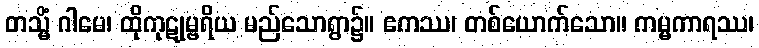
တသ္မိံ ဂါမေ၊ ထိုကုဋုမ္ဗရိယ မည်သောရွာ၌။ ဧကဿ၊ တစ်ယောက်သော။ ကမ္မကာရဿ၊